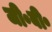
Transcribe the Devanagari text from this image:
जी॰बी॰